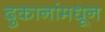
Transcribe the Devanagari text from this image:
दुकानांमधून